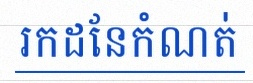
រកដែនកំណត់